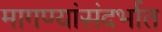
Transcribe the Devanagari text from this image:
मागण्यांसंदर्भात